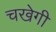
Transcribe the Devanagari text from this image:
चखेगी